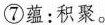
⑦蕴：积聚。